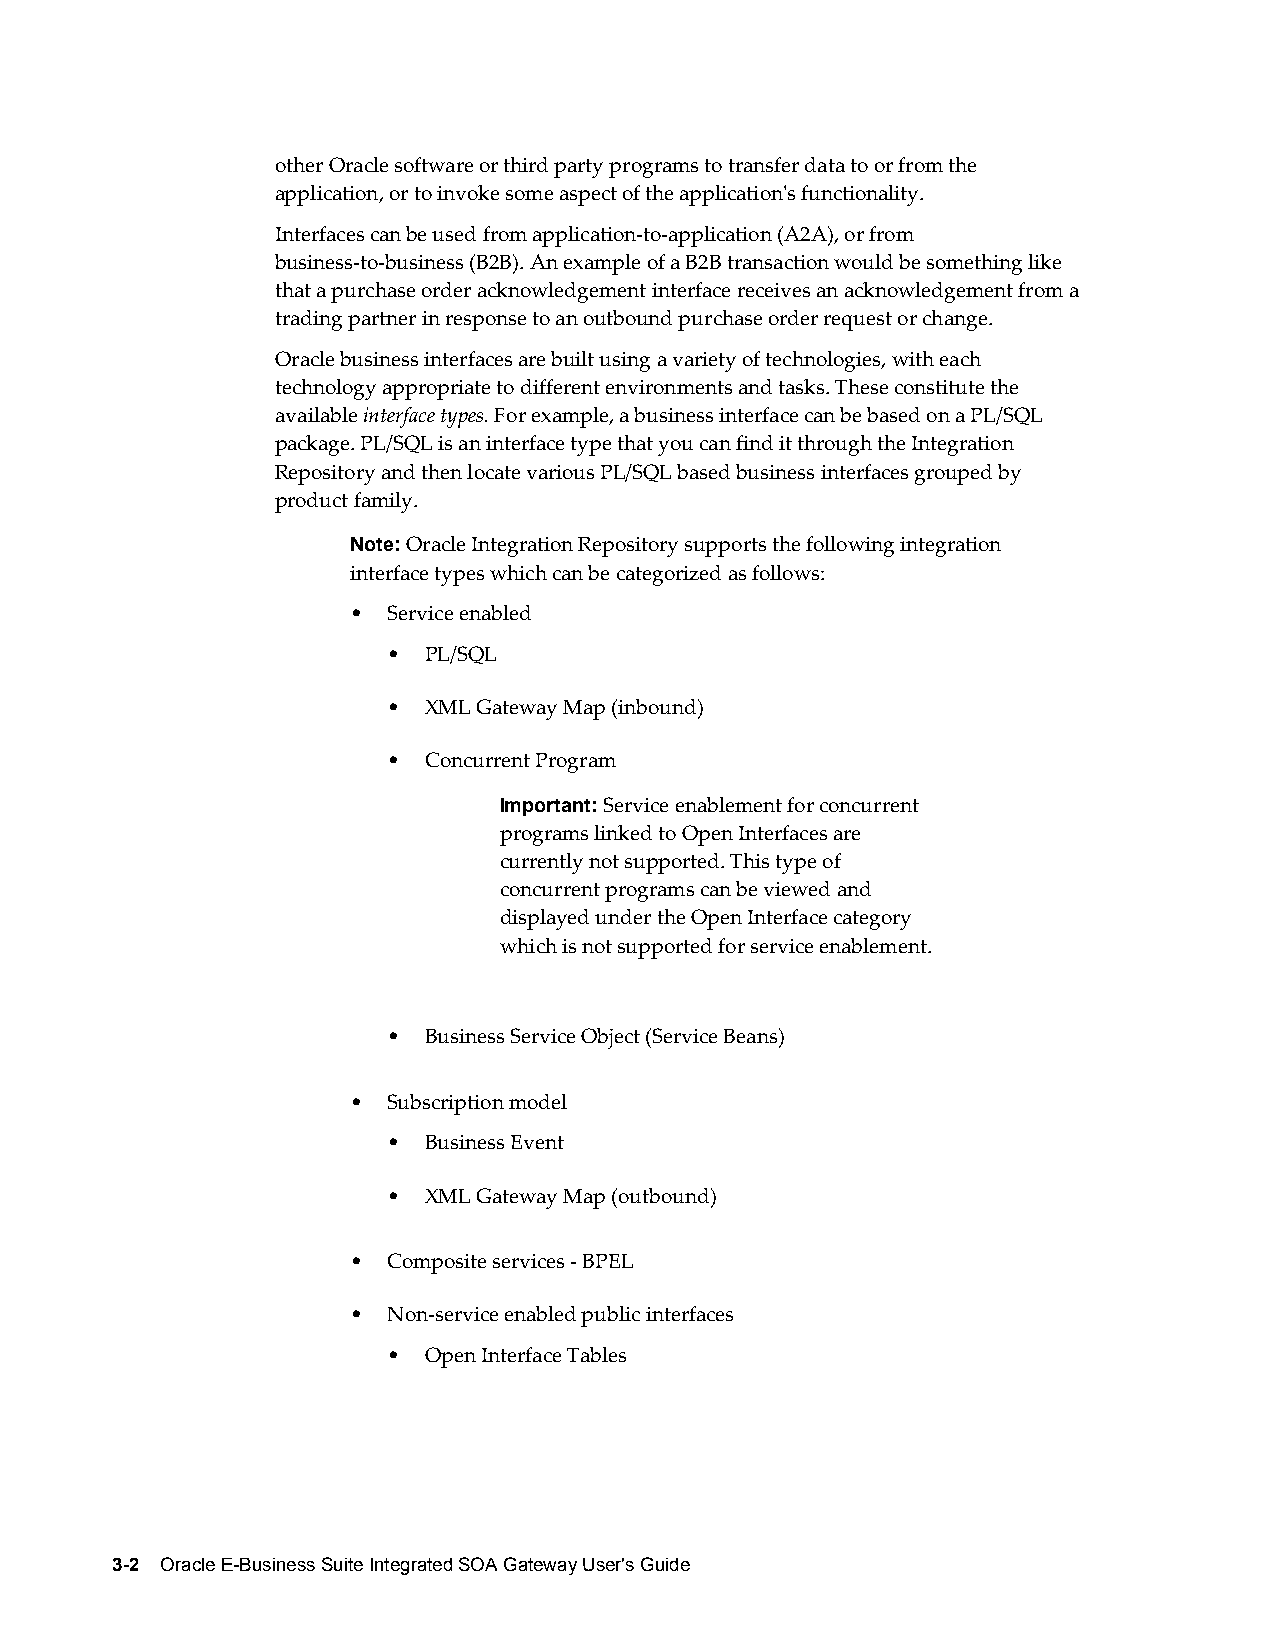
other Oracle software or third party programs to transfer data to or from the
 application, or to invoke some aspect of the application's functionality.
 Interfaces can be used from application-to-application (A2A), or from
 business-to-business (B2B). An example of a B2B transaction would be something like
 that a purchase order acknowledgement interface receives an acknowledgement from a
 trading partner in response to an outbound purchase order request or change.
 Oracle business interfaces are built using a variety of technologies, with each
 technology appropriate to different environments and tasks. These constitute the
 available interface types. For example, a business interface can be based on a PL/SQL
 package. PL/SQL is an interface type that you can find it through the Integration
 Repository and then locate various PL/SQL based business interfaces grouped by
 product family.
 Note: Oracle Integration Repository supports the following integration
 interface types which can be categorized as follows:
 •  Service enabled
 • PL/SQL
 • XML Gateway Map (inbound)
 • Concurrent Program
 Important: Service enablement for concurrent
 programs linked to Open Interfaces are
 currently not supported. This type of
 concurrent programs can be viewed and
 displayed under the Open Interface category
 which is not supported for service enablement.
 • Business Service Object (Service Beans)
 •  Subscription model
 • Business Event
 • XML Gateway Map (outbound)
 •  Composite services - BPEL
 •  Non-service enabled public interfaces
 • Open Interface Tables
 3-2 Oracle E-Business Suite Integrated SOA Gateway User's Guide